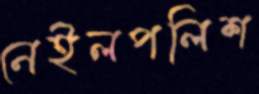
নেইলপলিশ